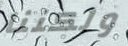
ولكننا